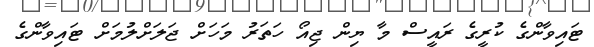
ޓައިވާންގެ ކުރީގެ ރައީސް މާ ޔިން ޖިއޯ ހަތަރު މަހަށް ޖަލަށްލުމަށް ޓައިވާންގެ